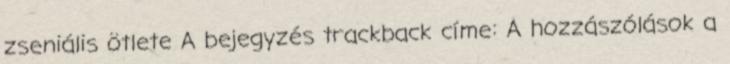
zseniális ötlete A bejegyzés trackback címe: A hozzászólások a